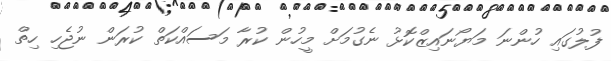
ފުލުގައި ހުންނަ މަޔޯނައިޒްކޮޅު ނެގުމަށް މީހުން ކުރާ މަސައްކަތް ކުރަން ނުޖެހި ހިތް